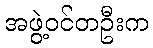
အဖွဲ့ဝင်တဦးက